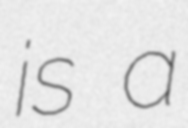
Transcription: is a